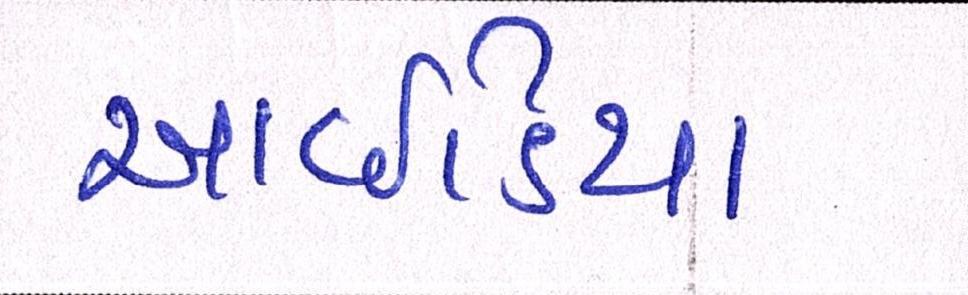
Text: આઇડિયા